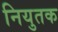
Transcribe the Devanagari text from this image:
नियुतक